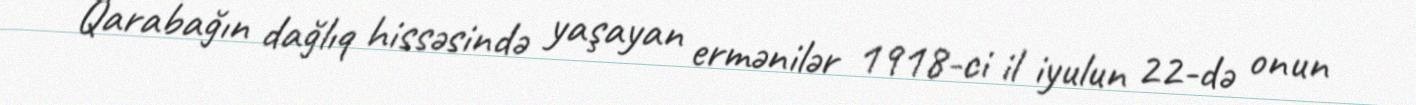
Qarabağın dağlıq hissəsində yaşayan ermənilər 1918-ci il iyulun 22-də onun